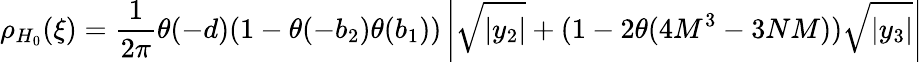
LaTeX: \rho_{H_{0}}(\xi)=\frac{1}{2\pi}\theta(-d)(1-\theta(-b_{2})\theta(b_{1}))\left|\sqrt{|y_{2}|}+(1-2\theta(4M^{3}-3NM))\sqrt{|y_{3}|}\right|